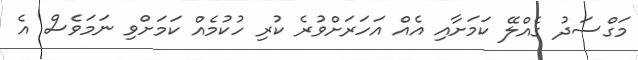
މަގްސަދު ގެއްލޭ ކަމަށާއި އެއް އަހަރަށްވުރެ ކުރި ހުކުމެއް ކަމަށްވި ނަމަވެސް އެ